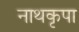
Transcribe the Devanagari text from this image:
नाथकृपा